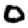
Digit: 0